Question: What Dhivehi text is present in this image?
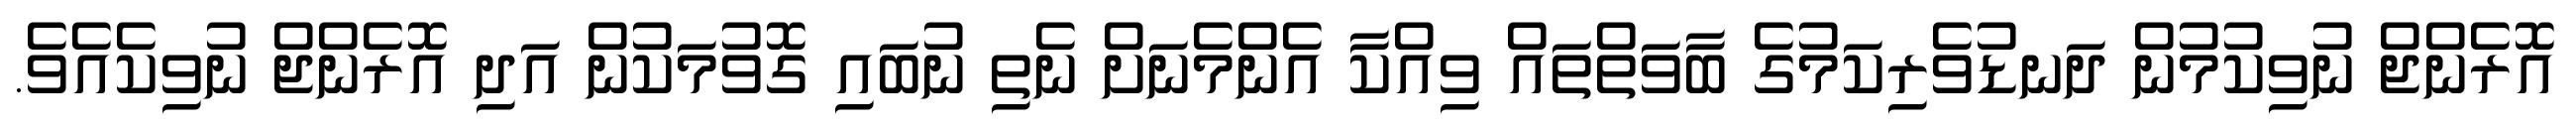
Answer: އޮރެންޖް ނުވިކުމުން ދަނޑުވެރިކަމުގެ ބާވަތްތައް ވިއްކާ އެންމެނަށް ނެތި ނުބައި ގޮވުމަކުން އަދި އޮރެންޖް ނުވިކެއެވެ.